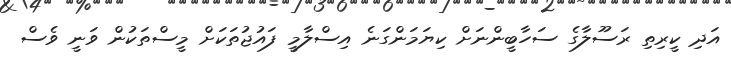
އަދި ކީރިތި ރަސޫލާގެ ސަހާބީންނަށް ކިޔަމަންގަނެ އިސްލާމީ ފައުޖުތަކަށް މީސްތަކުން ވަނީ ވެސް